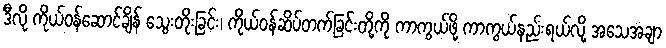
ဒီလို ကိုယ်ဝန်ဆောင်ချိန် သွေးတိုးခြင်း၊ ကိုယ်ဝန်ဆိပ်တက်ခြင်းတို့ကို ကာကွယ်ဖို့ ကာကွယ်နည်းရယ်လို့ အသေအချာ